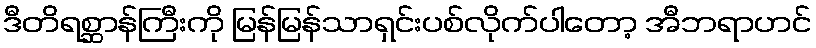
ဒီတိရစ္ဆာန်ကြီးကို မြန်မြန်သာရှင်းပစ်လိုက်ပါတော့ အီဘရာဟင်